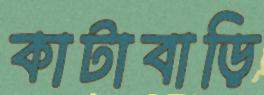
কাটাবাড়ি